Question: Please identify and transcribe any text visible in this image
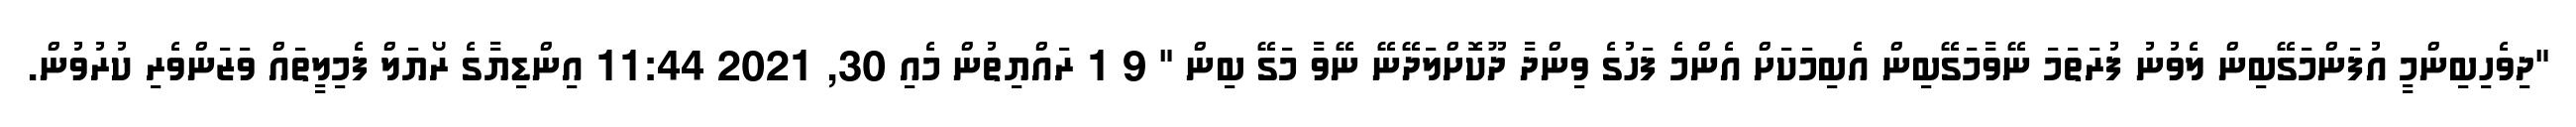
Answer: "ދިވެހިބިންމީ އުފަންމަގޭބިން ލެވުނު ފުރަތަމަ ނޭވާމަގޭބިން އެބިމަކަށް އެންމެ ފަހުގެ ވިންދާ ދޫކޮށްލަދޭނޭ ނޭވާ މަގޭ ބިން " 9 1 ރައްޔިތުން މެއި 30, 2021 11:44 އިންޑިޔާގެ ރޯޔަލް ފެމިލީތައް ވަޒަންވެރި ކުރުވުން.